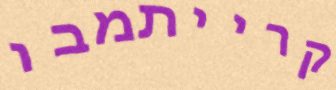
קרייתמבו